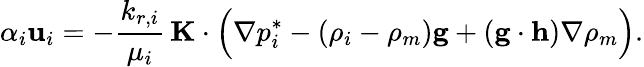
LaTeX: \alpha_{i}\mathbf{u}_{i}=-\frac{k_{r,i}}{\mu_{i}}\, \mathbf{K}\cdot\Big(\nabla p_{i}^{*}-(\rho_{i}-\rho_{m})\mathbf{g}+(\mathbf{g}\cdot\mathbf{h})\nabla\rho_{m}\Big).